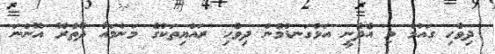
ދިވެހި ގައުމު މި އެދެނީ އަޅުގަނޑުމެން ދިވެހި ރައްޔިތަކުގެ މަންމައާ ދޭތެރޭ އޮންނަ